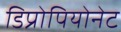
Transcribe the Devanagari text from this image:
डिप्रोपियोनेट